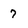
Character: 7